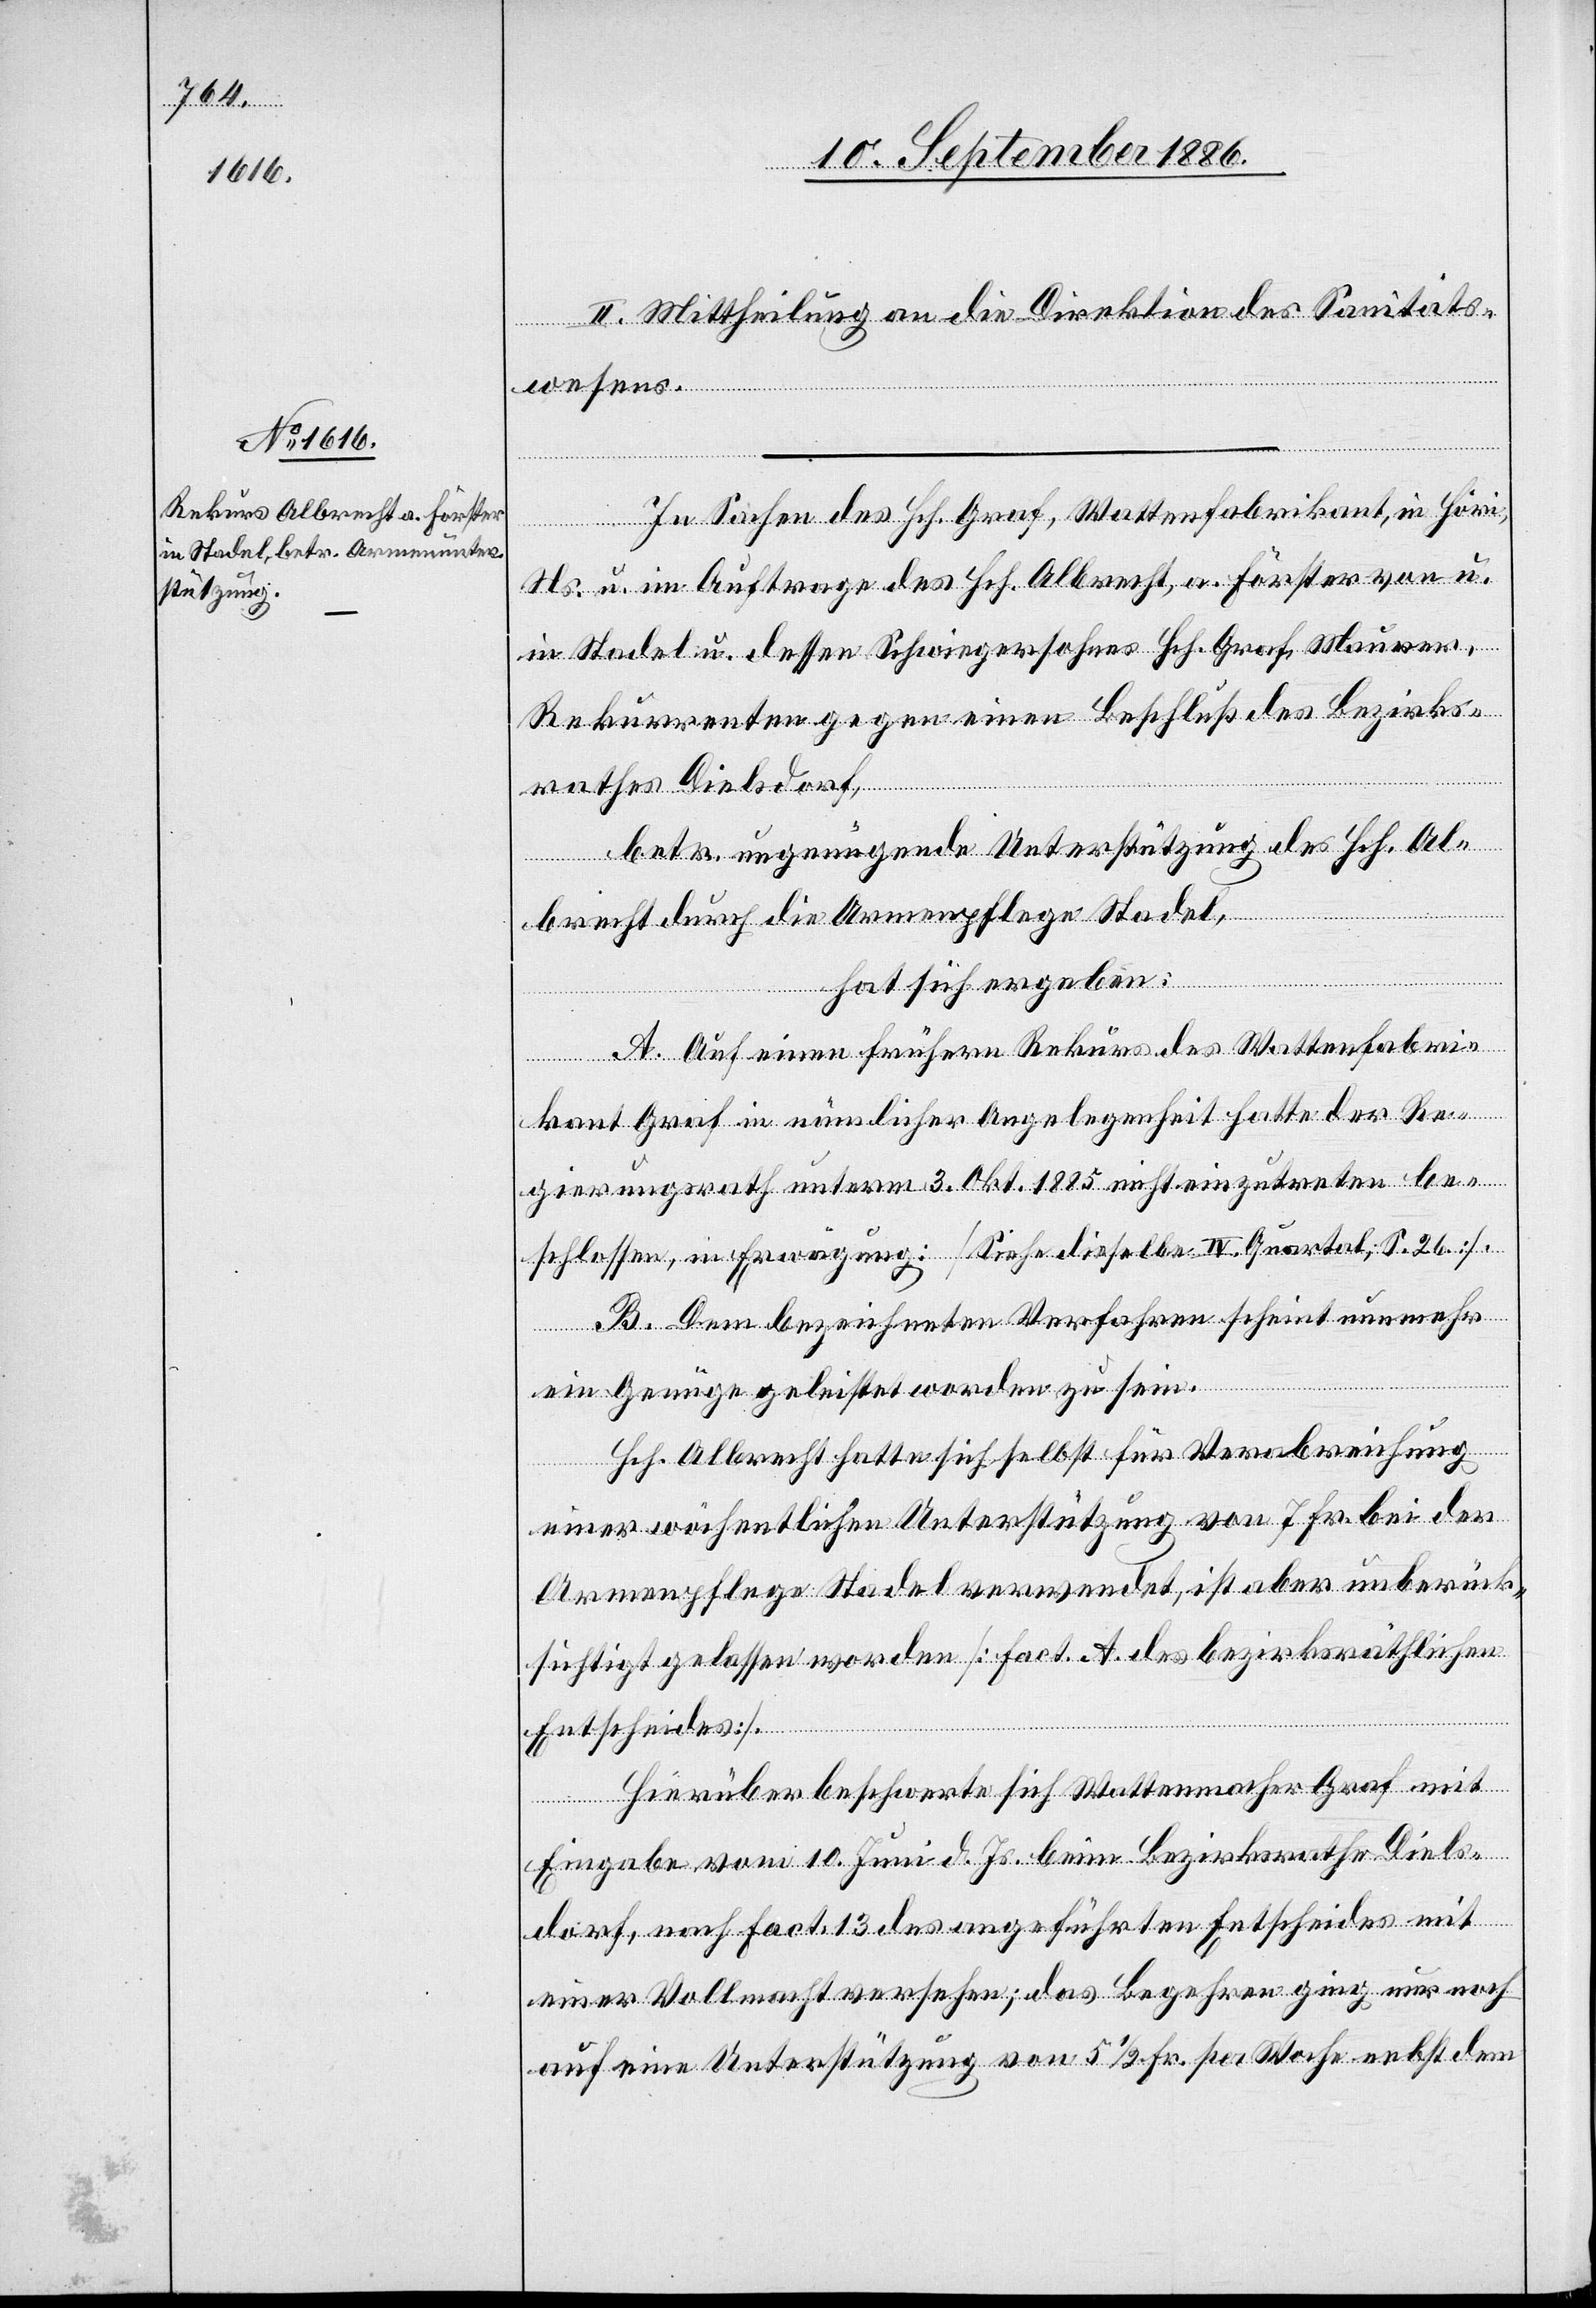
II. Mittheilung an die Direktion des Sanitäts¬
wesens.
In Sachen des Hch. Graf, Wattenfabrikant, in Höri,
Ns. u. im Auftrage des Hch. Albrecht, a. Förster von u.
in Stadel u. dessen Schwiegersohnes Hch. Graf, Maurer,
Rekurrenten gegen einen Beschluß des Bezirks¬
rathes Dielsdorf,
betr. ungenügende Unterstützung des Hch. Al¬
brecht durch die Armenpflege Stadel,
hat sich ergeben:
A. Auf einen frühern Rekurs des Wattenfabri¬
kant Graf in nämlicher Angelegenheit hatte der Re¬
gierungsrath unterm 3. Okt. 1885 nicht einzutreten be¬
schlossen, in Erwägung: [Siehe dieselbe IV. Quartal; S. 26].
B. Dem bezeichneten Verfahren scheint nunmehr
ein Genüge geleistet worden zu sein.
Hch. Albrecht hatte sich selbst für Verabreichung
einer wöchentlichen Unterstützung von 7 Fr. bei der
Armenpflege Stadel verwendet, ist aber unberück¬
sichtigt gelassen worden [Fact. A. des bezirksräthlichen
Entscheides].
Hierüber beschwerte sich Wattenmacher Graf mit
Eingabe vom 10. Juni d. Js. beim Bezirksrathe Diels¬
dorf, nach Fact. 13 des angeführten Entscheides mit
einer Vollmacht versehen; das Begehren ging nur noch
auf eine Unterstützung von 5 1/2 Fr. per Woche nebst dem